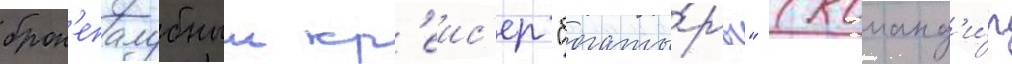
брон'епалубныи кр'еис'ер "богаты́рь" (команд'и́р